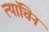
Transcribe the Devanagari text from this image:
त्यांचिन